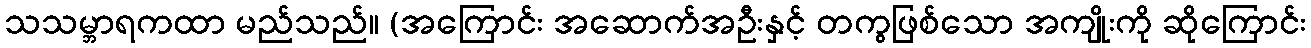
သသမ္ဘာရကထာ မည်သည်။ (အကြောင်း အဆောက်အဦးနှင့် တကွဖြစ်သော အကျိုးကို ဆိုကြောင်း